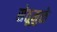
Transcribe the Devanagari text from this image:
सेतूमुळे